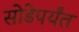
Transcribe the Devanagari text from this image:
सोडेपर्यंत